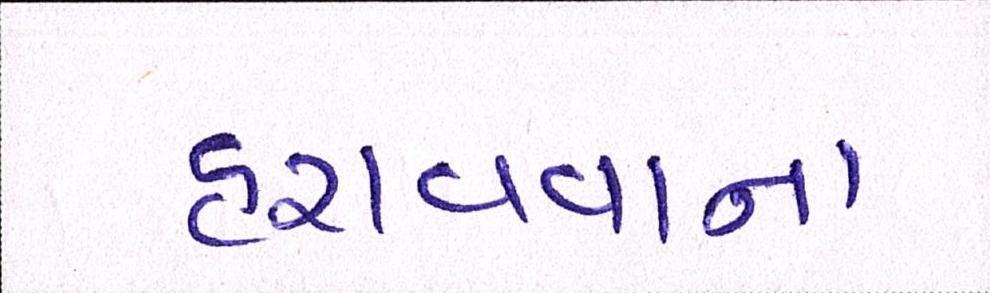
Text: હરાવવાના